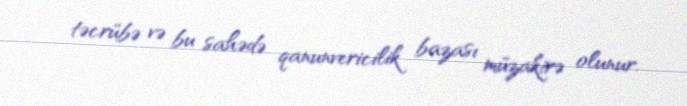
təcrübə və bu sahədə qanunvericilik bazası müzakirə olunur.